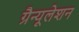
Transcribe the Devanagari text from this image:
ग्रैन्यूलेशन